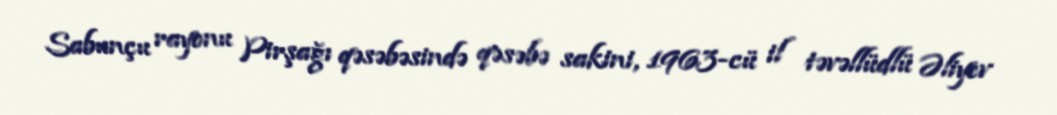
Sabunçu rayonu Pirşağı qəsəbəsində qəsəbə sakini, 1963-cü il təvəllüdlü Əliyev